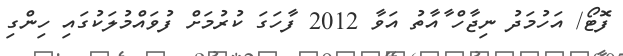
ފޮޓޯ/ އަހުމަދު ނިޖާހް ާއާތު އަވާ 2012 ފާހަގަ ކުރުމަށް ފުވައްމުލަކުގައި ހިންގި